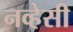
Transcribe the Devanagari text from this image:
नव्हेसी